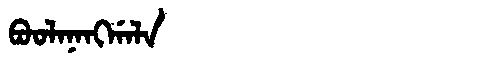
Manchu: ᠪᠣᠣᠯᠠᠨᠠᠩᡤᠠᠯᠠ
Romanization: BOOLANANGGALA